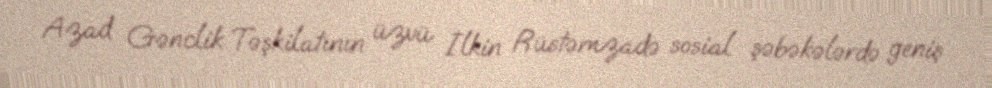
Azad Gənclik Təşkilatının üzvü İlkin Rüstəmzadə sosial şəbəkələrdə geniş